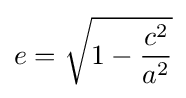
e={\sqrt {1-{\frac {c^{2}}{a^{2}}}}}